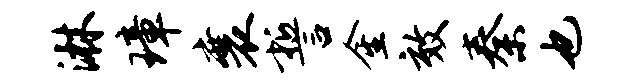
淋璋襄誓金效秦也